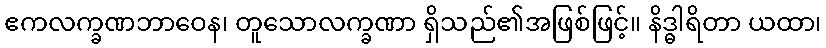
ဧကလက္ခဏဘာဝေန၊ တူသောလက္ခဏာ ရှိသည်၏အဖြစ်ဖြင့်။ နိဒ္ဓါရိတာ ယထာ၊